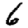
Digit: 6